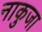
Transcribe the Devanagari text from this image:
नाकुजा